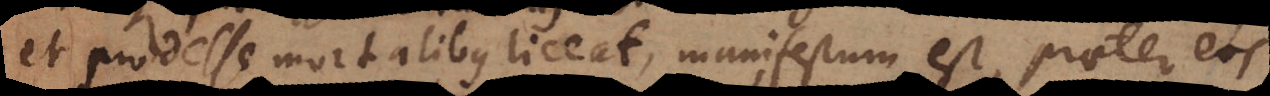
et prodesse mortalibus liceat, manifestum est, praeter eos